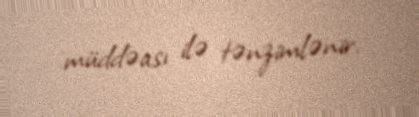
müddəası ilə tənzimlənir.